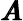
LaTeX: \pmb{A}